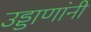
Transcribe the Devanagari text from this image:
उड्डाणांनी